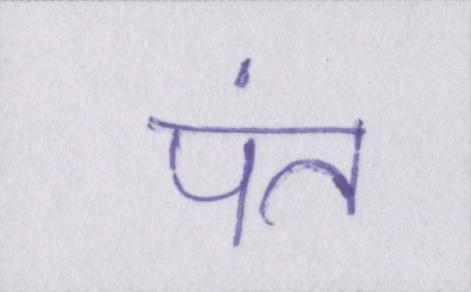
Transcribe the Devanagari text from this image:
पंत